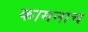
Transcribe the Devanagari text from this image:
कामनाच